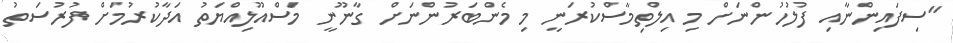
"ސިފައިންނާއި ފުލުހުންނަށް މި އިލްތިމާސްކުރަނީ މި މެންބަރުންނަށް ގާނޫނީ މަސްއޫލިއްޔަތު އަދާކުރުމަށް ފުރުސަތު